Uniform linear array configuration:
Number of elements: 48
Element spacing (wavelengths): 0.25
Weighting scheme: kaiser
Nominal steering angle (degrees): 15
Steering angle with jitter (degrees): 16.327
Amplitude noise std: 0.05
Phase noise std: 0.05

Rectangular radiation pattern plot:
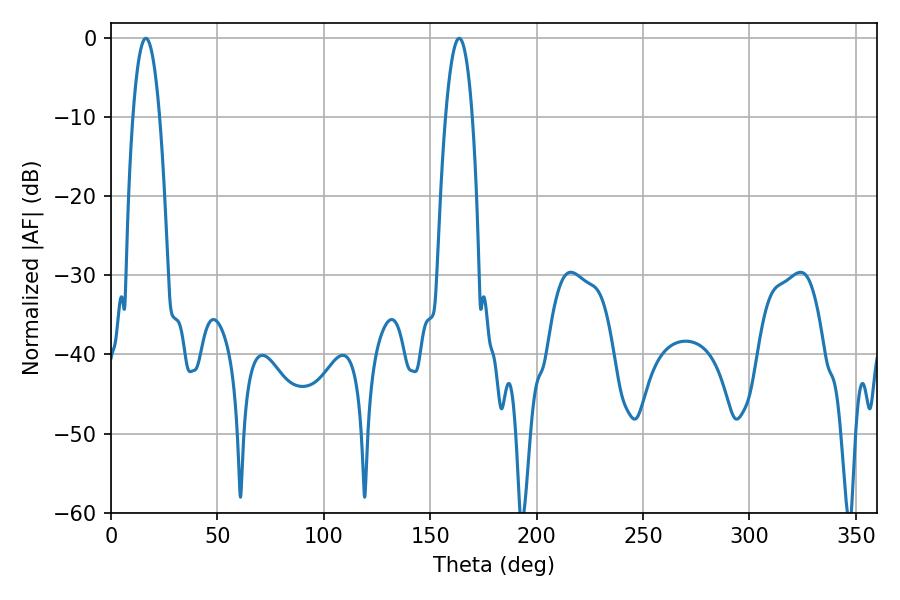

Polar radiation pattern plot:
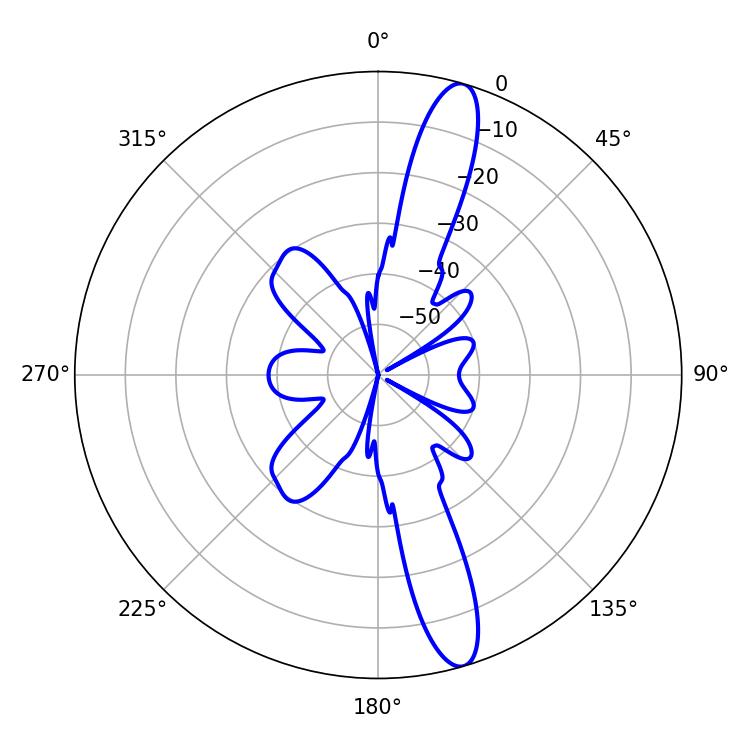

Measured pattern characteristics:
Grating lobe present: FALSE
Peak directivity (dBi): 14.345
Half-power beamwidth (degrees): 7.02
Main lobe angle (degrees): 16.38